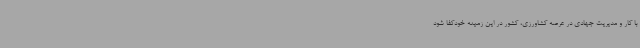
با کار و مدیریت جهادی در عرصه کشاورزی، کشور در این زمینه خودکفا شود